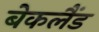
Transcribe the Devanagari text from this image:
बेकलैंड